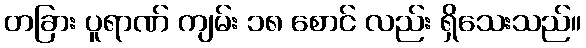
တခြား ပူရာဏ် ကျမ်း ၁၈ စောင် လည်း ရှိသေးသည်။